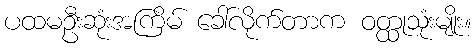
ပထမဦးဆုံးအကြိမ် ခေါ်လိုက်တာက ဝတ္ထုသုံးမျိုး။